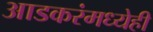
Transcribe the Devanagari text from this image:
आडकरंमध्येही